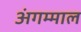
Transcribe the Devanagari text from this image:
अंगम्माल